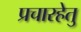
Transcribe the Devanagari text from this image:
प्रचारहेतु